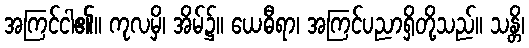
အကြင်ငါ၏။ ကုလမှိ၊ အိမ်၌။ ယေဓီရာ၊ အကြင်ပညာရှိတို့သည်။ သန္တိ၊